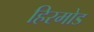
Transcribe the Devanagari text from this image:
हिरमोड